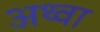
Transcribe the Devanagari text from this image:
अथ्‍वा